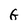
Character: G